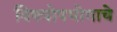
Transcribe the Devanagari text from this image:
विषयोपभोगाचे